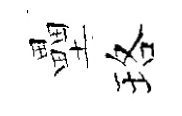
壘珞